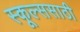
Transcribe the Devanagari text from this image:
स्कूल्ससाठी